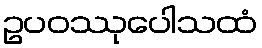
ဥပဝဿုပေါသထံ